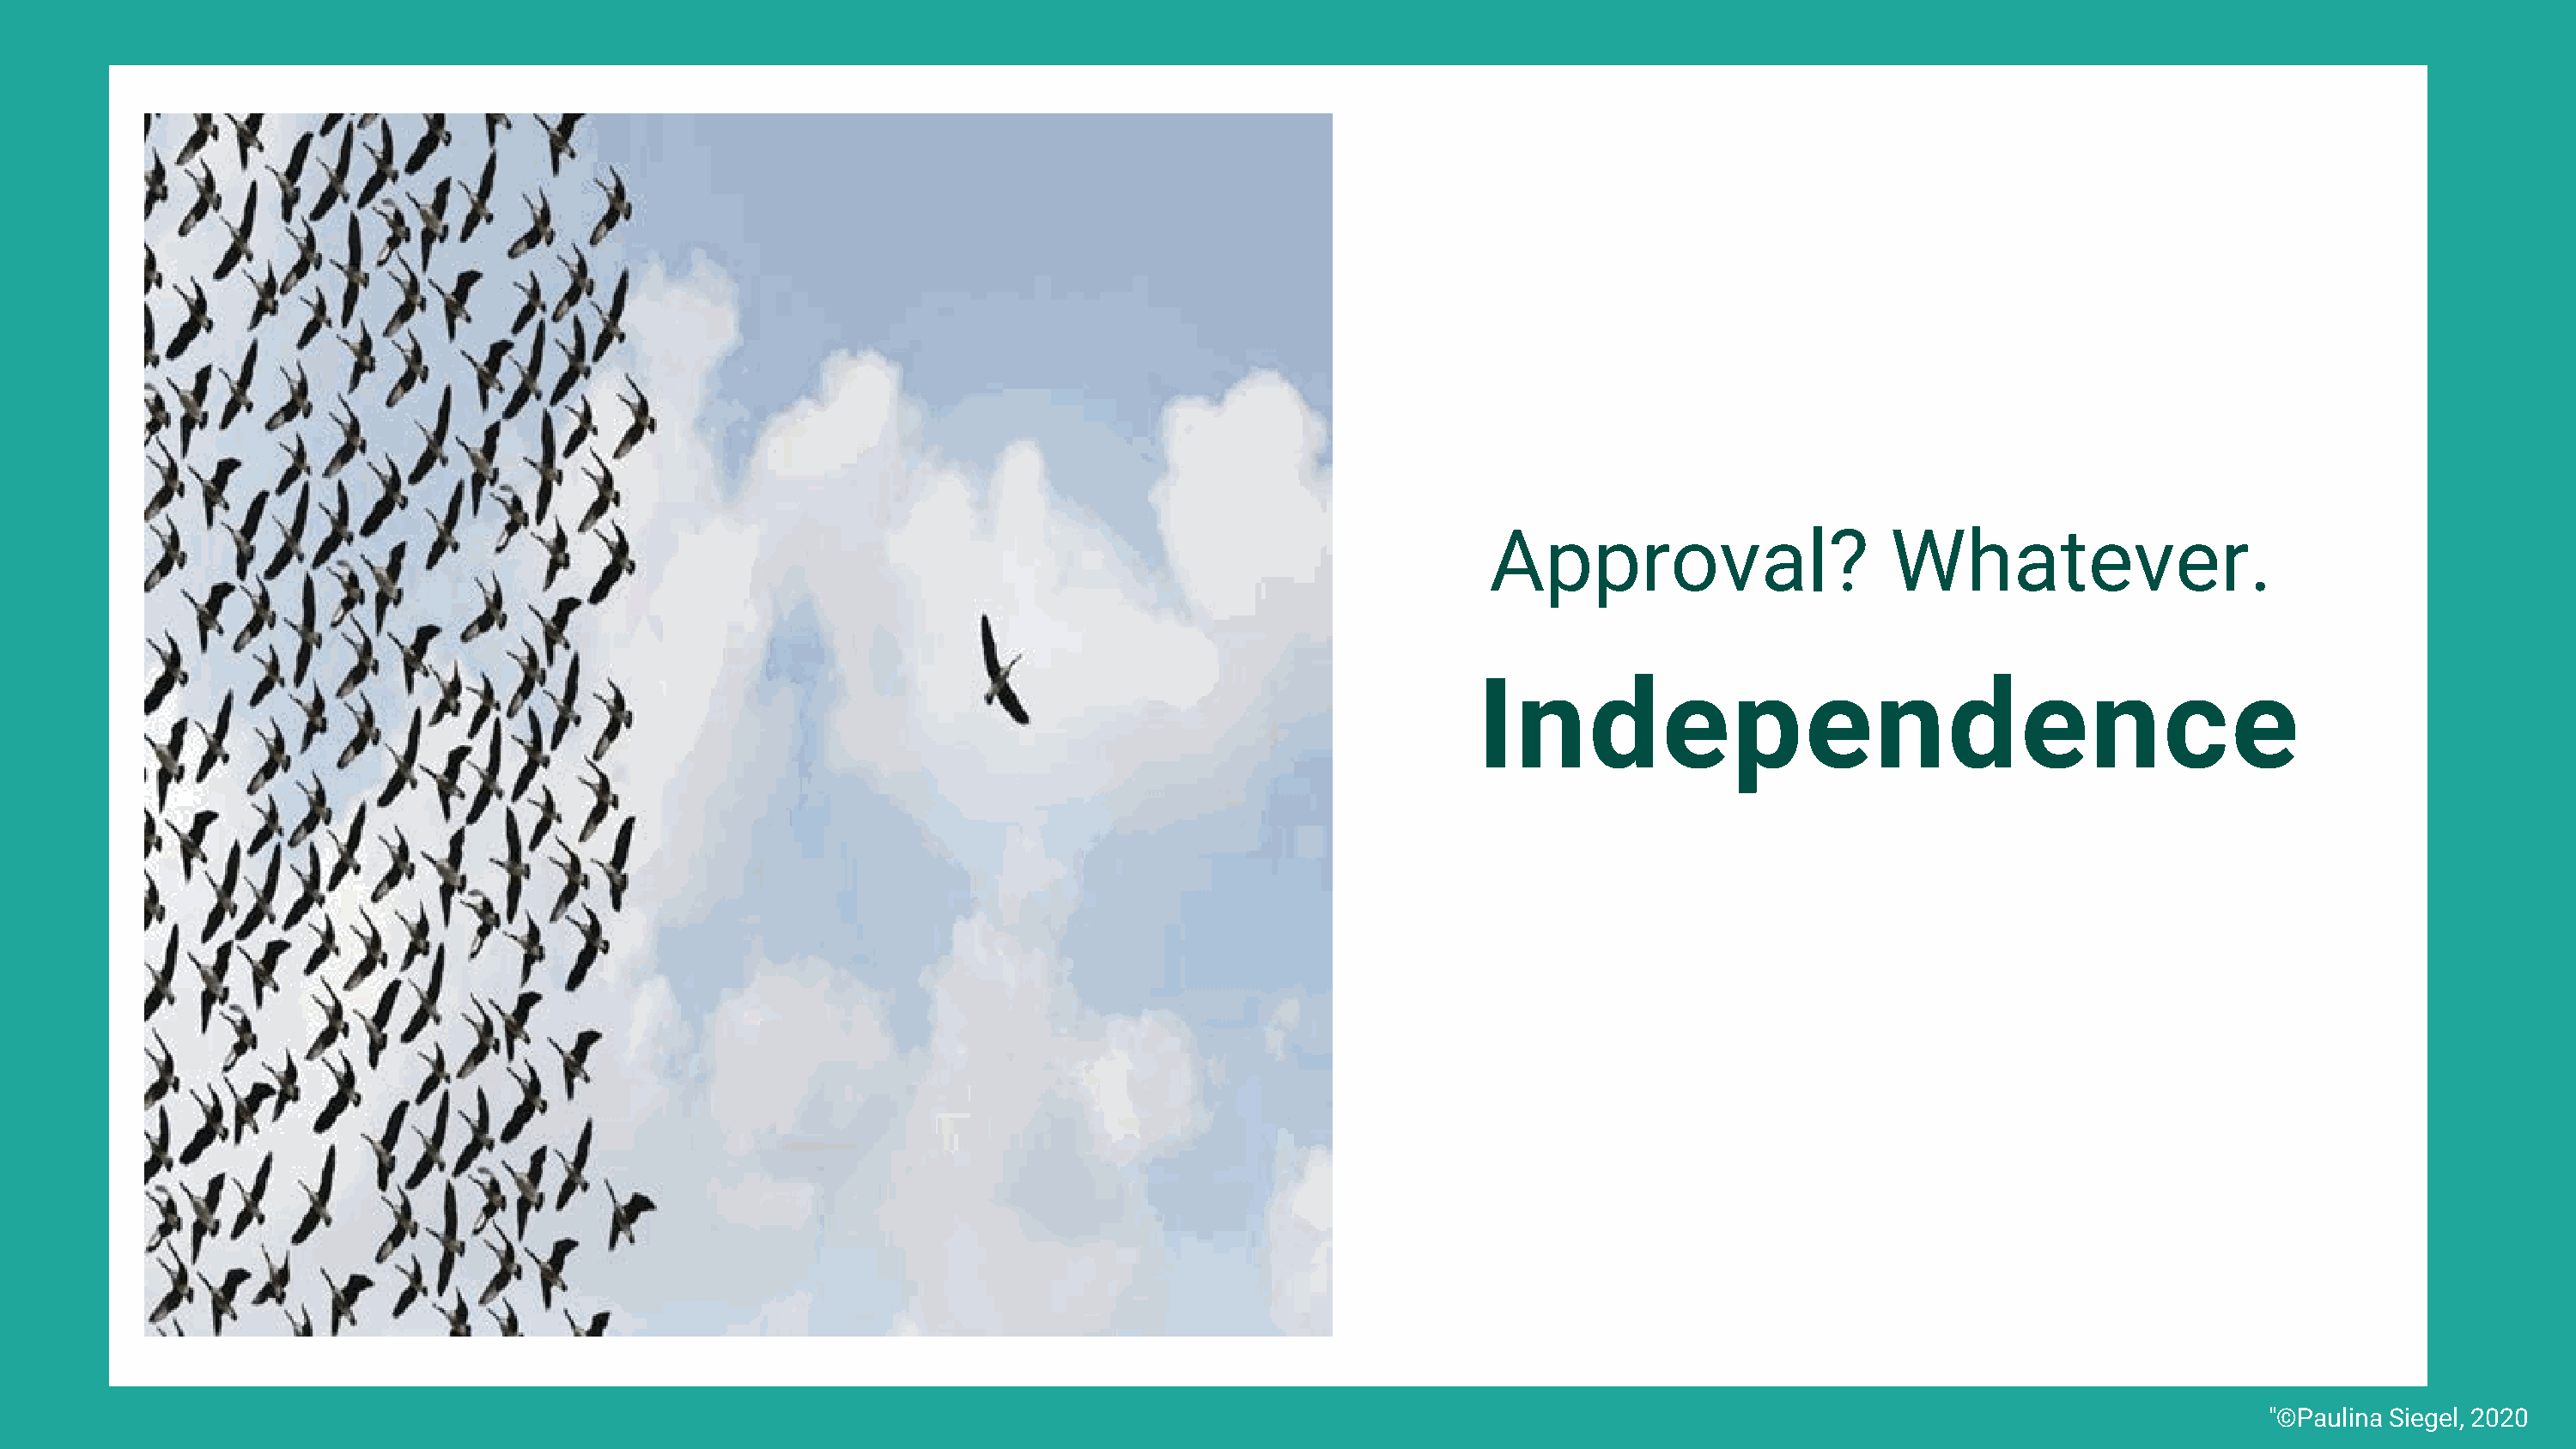
Approval?                      Whatever.
 Independence
 "©Paulina Siegel, 2020